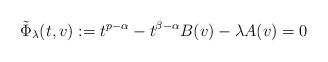
LaTeX: \begin{align*} \tilde\Phi_\lambda(t,v) := t^{p-\alpha} - t^{\beta-\alpha} B(v) - \lambda A(v) = 0\end{align*}